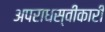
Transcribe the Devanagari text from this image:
अपराधस्वीकारी